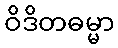
ဝိဒိတဓမ္မာ